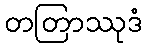
တတြာဿုဒံ